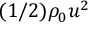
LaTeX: ( 1 / 2 ) \rho _ { 0 } u ^ { 2 }